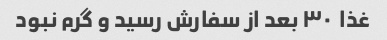
غذا  ٣٠ بعد از سفارش رسید و گرم نبود